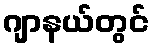
ဂျာနယ်တွင်